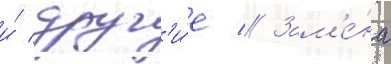
и́ друг'и́е // Зам'е́на